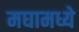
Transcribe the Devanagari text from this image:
मघामध्ये